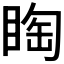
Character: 𱳀